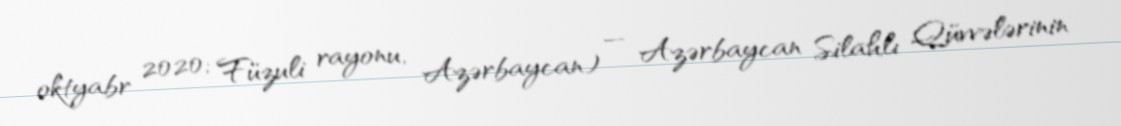
oktyabr 2020; Füzuli rayonu, Azərbaycan) — Azərbaycan Silahlı Qüvvələrinin